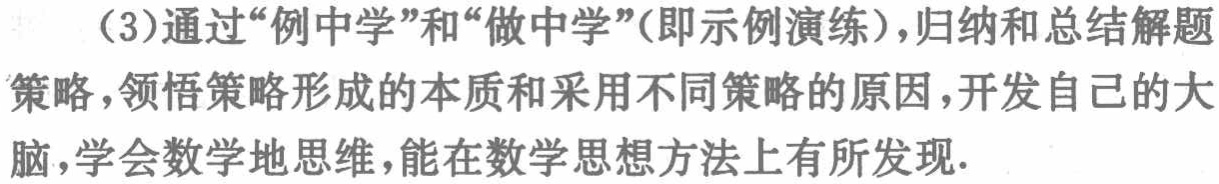
（3）通过“例中学”和“做中学”（即示例演练），归纳和总结解题策略，领悟策略形成的本质和采用不同策略的原因，开发自己的大脑，学会数学地思维，能在数学思想方法上有所发现.